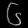
Digit: ၆